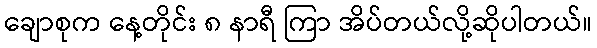
ချောစုက နေ့တိုင်း ၈ နာရီ ကြာ အိပ်တယ်လို့ဆိုပါတယ်။